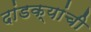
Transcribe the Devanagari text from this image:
दांडक्यांची